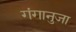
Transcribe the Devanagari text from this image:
गंगानुजा